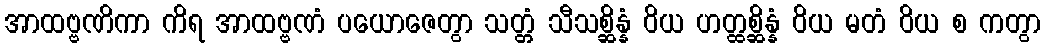
အာထဗ္ဗဏိကာ ကိရ အာထဗ္ဗဏံ ပယောဇေတွာ သတ္တံ သီသစ္ဆိန္နံ ဝိယ ဟတ္ထစ္ဆိန္နံ ဝိယ မတံ ဝိယ စ ကတွာ